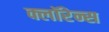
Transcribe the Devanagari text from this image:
क्लॉरेन्स